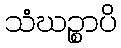
သံဃဉ္စာပိ